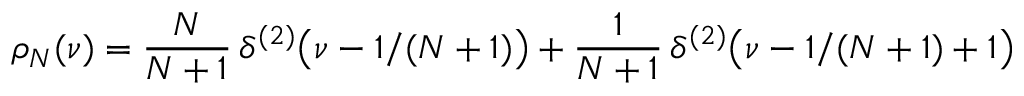
\rho _ { N } ( \nu ) = { \frac { N } { N + 1 } } \, \delta ^ { ( 2 ) } \bigl ( \nu - 1 / ( N + 1 ) \bigr ) + { \frac { 1 } { N + 1 } } \, \delta ^ { ( 2 ) } \bigl ( \nu - 1 / ( N + 1 ) + 1 \bigr )